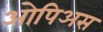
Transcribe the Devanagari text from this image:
ओपिअस